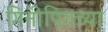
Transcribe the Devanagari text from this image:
गिनीपिगच्या